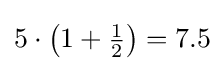
5\cdot \left(1+{\tfrac {1}{2}}\right)=7.5